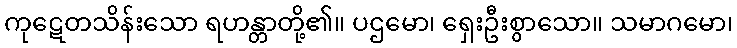
ကုဋေတသိန်းသော ရဟန္တာတို့၏။ ပဌမော၊ ရှေးဦးစွာသော။ သမာဂမော၊